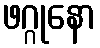
ဖဂ္ဂုနော